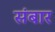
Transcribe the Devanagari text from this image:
संबार